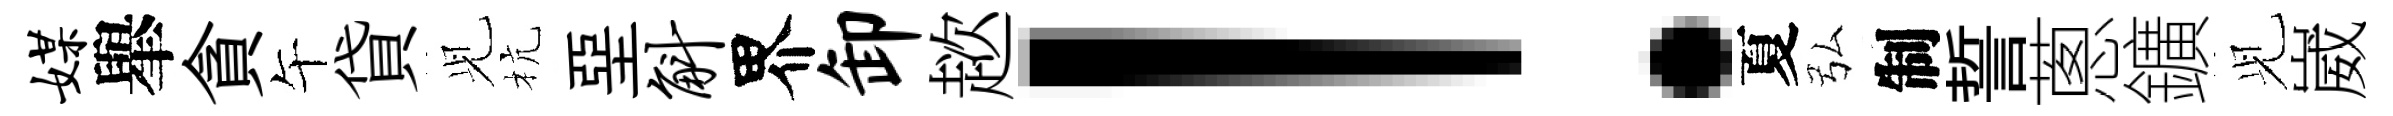
媒𦦙貪午貸𫤗杭堊斛界卸趑！夏弘制誓蔥鑛𫤗崴